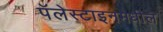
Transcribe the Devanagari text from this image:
पॅलेस्टाइनमधील